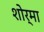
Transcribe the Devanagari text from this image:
शोर्मा